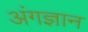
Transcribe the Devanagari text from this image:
अंगज्ञान